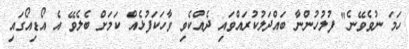
ހަމަ ނުވެވޭނެ" ފުލުހުންނާ ބައްދަލުކުރައްވައި ދެއްކެވި ވާހަކަފުޅެއް ކަމަށް ބެލެވޭ އެ އޯޑިއޯގައި